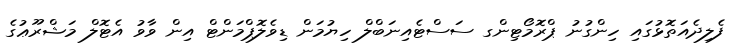
ފެލިދެއަތޮޅުގައި ހިންގުނު ޕްރޮމޯޓިންގ ސަސްޓެއިނަބްލް ހިޔުމަން ޑިވެލޮޕްމަންޓް އިން ވާވު އެޓޮލް މަޝްރޫޢުގެ